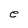
Character: e